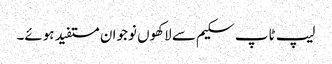
لیپ ٹاپ سکیم سے لاکھوں نوجوان مستفید ہوئے۔